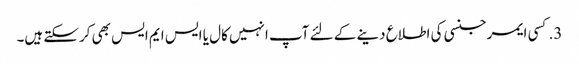
3. کسی ایمرجنسی کی اطلاع دینے کے لئے آپ انہیں کال یا ایس ایم ایس بھی کرسکتے ہیں۔